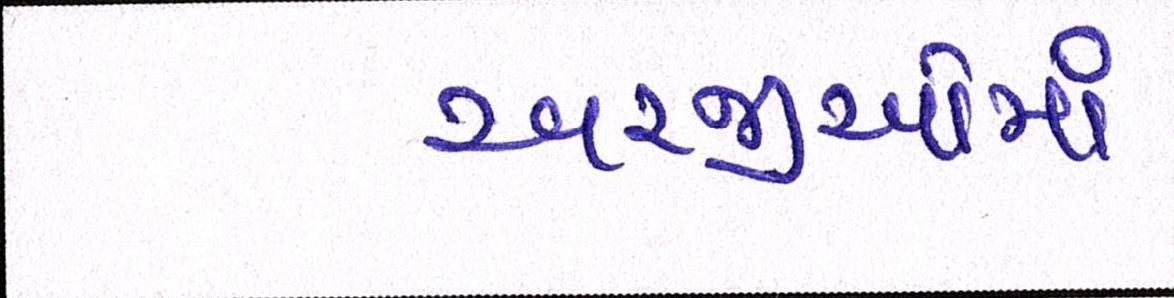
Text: અરજીઓમાં